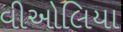
વીઓલિયા